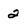
Character: 2